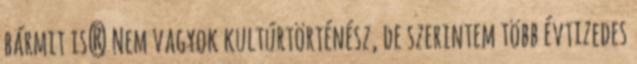
bármit is? Nem vagyok kultúrtörténész, de szerintem több évtizedes